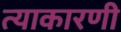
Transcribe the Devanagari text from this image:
त्याकारणी